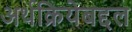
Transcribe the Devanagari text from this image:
अर्थक्रियेबद्दल